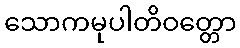
သောကမုပါတိဝတ္တော